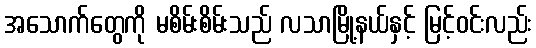
အသောက်တွေကို မစိမ်းစိမ်းသည် လသာမြို့နယ်နှင့် မြင့်ဝင်းလည်း